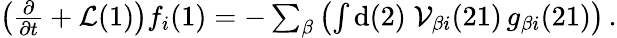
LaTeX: \begin{array}{r}{\left(\frac{\partial}{\partial t}+\mathcal{L}(1)\right)f_{i}(1)=-\sum_{\beta}\left(\int\mathrm{d}(2)\; \mathcal{V}_{\beta i}(21)\, g_{\beta i}(21)\right)\, .}\end{array}